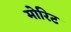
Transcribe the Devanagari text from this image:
मोरिट